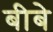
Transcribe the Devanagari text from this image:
बीबे